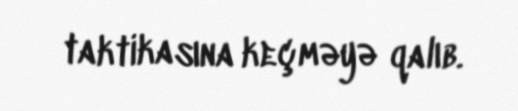
taktikasına keçməyə qalıb.